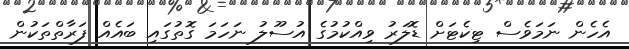
އެހެން ނަމަވެސް ޓިކެޓަށް ޑޮލަރު ވިއްކުމުގެ އުސޫލު ނަހަމަ ގޮތުގައި ބައެއް ފަރާތްތަކުން